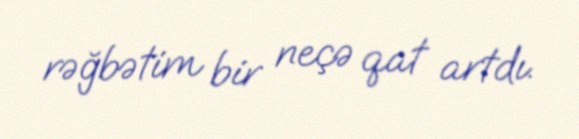
rəğbətim bir neçə qat artdı.